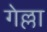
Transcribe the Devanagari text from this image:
गेल्ला